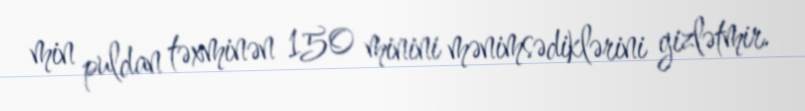
min puldan təxminən 150 minini mənimsədiklərini gizlətmir.